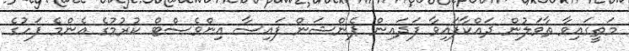
މަތީގައިވާ ތާވަލުން ދައްކާފައިވާ ފަދައިން ޕެންޝަން ފައިސާ އިންވެސްޓް ކުރުމުގެ އެންމެ ފަހުގެ